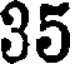
35